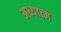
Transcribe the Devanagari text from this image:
अध्यात्‍म